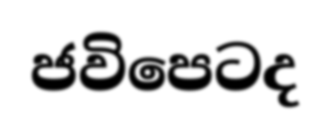
ජවිපෙටද